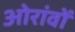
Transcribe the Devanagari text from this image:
ओरांवों